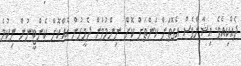
ދެއްކިއެވެ. އިޝާންވެސް އެގޮތަށް ކަންތަށް ކޮށް ނިންމުމުން ދެމީހުން އެއްކޮށް ކެންޓީނުން ނިކުމެ